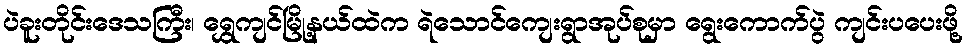
ပဲခူးတိုင်းဒေသကြီး၊ ရွှေကျင်မြို့နယ်ထဲက ရဲသောင်ကျေးရွာအုပ်စုမှာ ရွေးကောက်ပွဲ ကျင်းပပေးဖို့